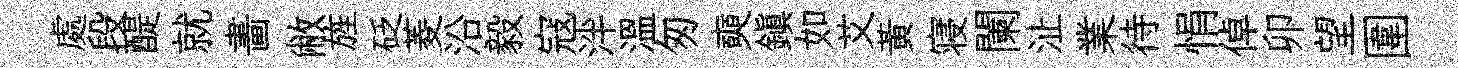
處段醍就畵敝旌砭菱沿毅寇泮溫匆奭鎮如艾黃寝闌沚業待悁倬卯望圍